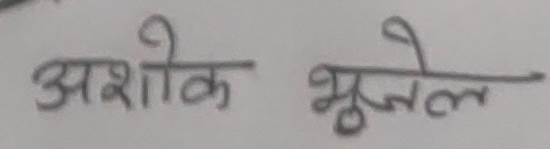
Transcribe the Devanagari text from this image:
अशोक भुजेल